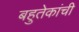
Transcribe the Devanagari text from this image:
बहुतेकांची